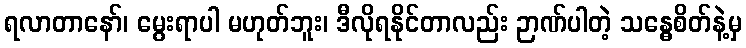
ရလာတာနော်၊ မွေးရာပါ မဟုတ်ဘူး၊ ဒီလိုရနိုင်တာလည်း ဉာဏ်ပါတဲ့ သန္ဓေစိတ်နဲ့မှ